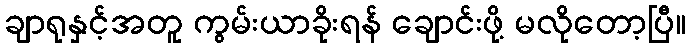
ချာရုနှင့်အတူ ကွမ်းယာခိုးရန် ချောင်းဖို့ မလိုတော့ပြီ။